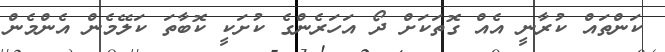
ކަންތައް ކުރާނީ އެއް ގޮތަކަށް ދޯ އަހަރެންގެ ކުށަކީ ކޮބާތަ ކަލޭމެން އެންމެން